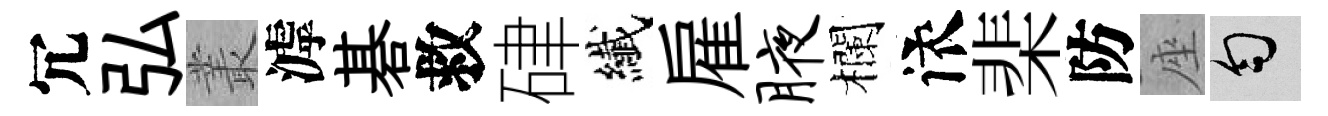
冗弘叢滹碁救硉纎雇腋欄依棐防座匀